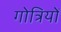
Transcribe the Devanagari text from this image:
गोत्रियों